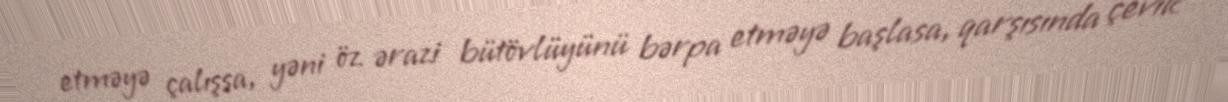
etməyə çalışsa, yəni öz ərazi bütövlüyünü bərpa etməyə başlasa, qarşısında çevik